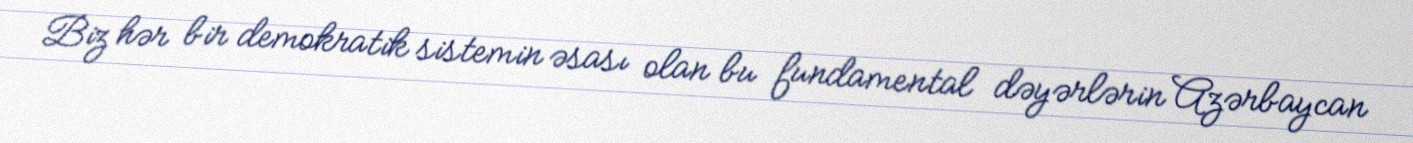
Biz hər bir demokratik sistemin əsası olan bu fundamental dəyərlərin Azərbaycan